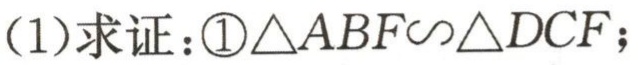
(1)求证：\textcircled{1}$\triangle ABF\backsim\triangle DCF$；